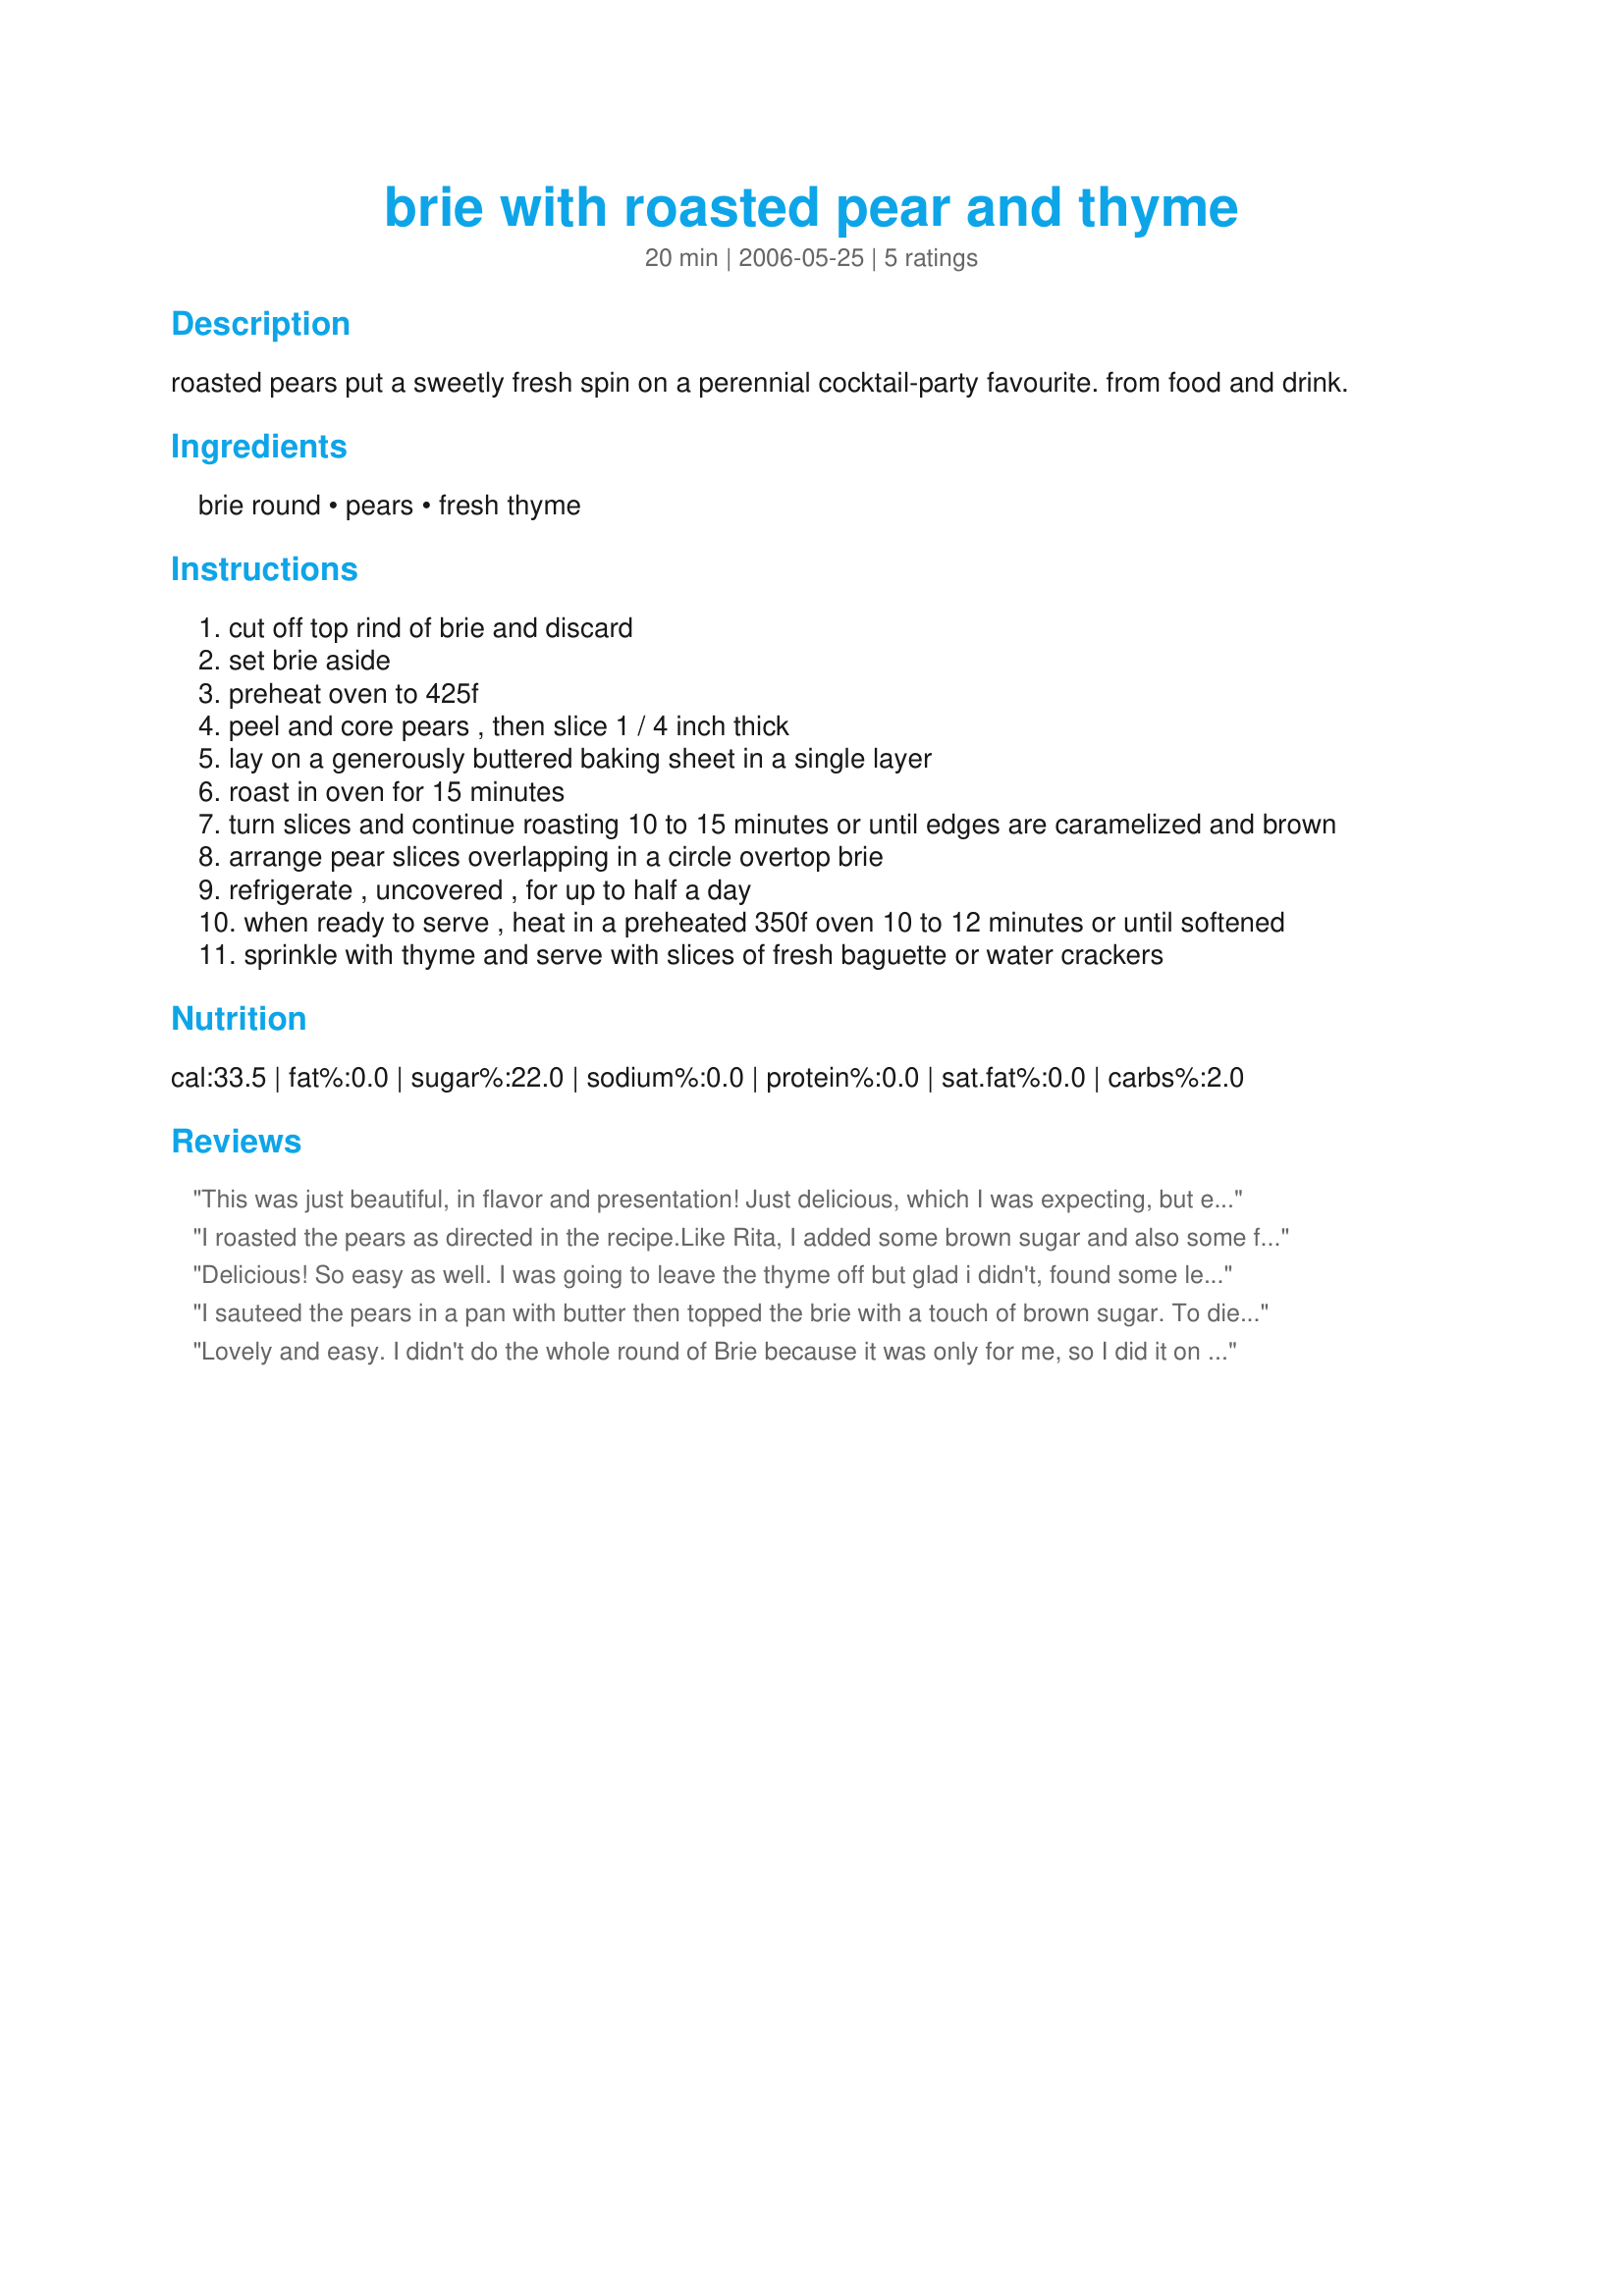
brie with roasted pear and thyme
Preparation time: 20 minutes

roasted pears put a sweetly fresh spin on a perennial cocktail-party favourite.
from food and drink.

Ingredients:
brie round, pears, fresh thyme

Steps:
cut off top rind of brie and discard
set brie aside
preheat oven to 425f
peel and core pears , then slice 1 / 4 inch thick
lay on a generously buttered baking sheet in a single layer
roast in oven for 15 minutes
turn slices and continue roasting 10 to 15 minutes or until edges are caramelized and brown
arrange pear slices overlapping in a circle overtop brie
refrigerate , uncovered , for up to half a day
when ready to serve , heat in a preheated 350f oven 10 to 12 minutes or until softened
sprinkle with thyme and serve with slices of fresh baguette or water crackers

Reviews:
This was just beautiful, in flavor and presentation! Just delicious, which I was expecting, but even I was surprised by how great this was. I did used some fresh thyme, and served with some sourdough squares and a nutty grain cracker. I can't wait to impress my friends with this! Thanks so much for sharing, ~Leslie~!
I roasted the pears as directed in the recipe.Like Rita, I added some brown sugar and also some fresh ground nutmeg to the pears before roasting. Then I followed the recipe and everybody LOVED it!!! They ate every last bite! Thanks, Leslie, for a GREAT, simple appetizer!!
Delicious! So easy as well. I was going to leave the thyme off but glad i didn't, found some lemon thyme in the garden and it really gave a wonderful extra aroma..even more than flavor, so my suggestion is definitely use fresh thyme.
I sauteed the pears in a pan with butter then topped the brie with a touch of brown sugar. To die for!
Merci.
Made for ZWT5
Lovely and easy. I didn't do the whole round of Brie because it was only for me, so I did it on a wedge. Very tasty! Thanks Leslie! Made for ZWT8 trip to France.
